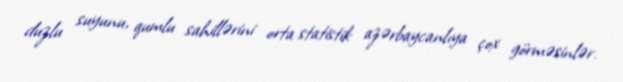
duzlu suyunu, qumlu sahillərini orta statistik azərbaycanlıya çox görməsinlər.